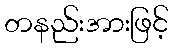
တနည်းအားဖြင့်